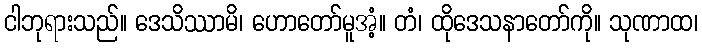
ငါဘုရားသည်။ ဒေသိဿာမိ၊ ဟောတော်မူအံ့။ တံ၊ ထိုဒေသနာတော်ကို။ သုဏာထ၊